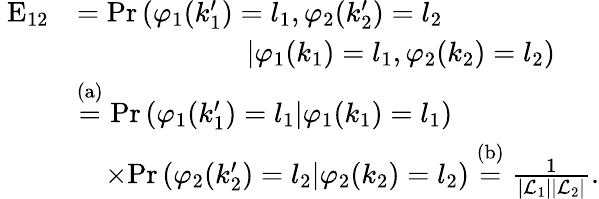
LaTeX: \begin{array}{rl}{\mathrm{\mathbf~E}_{12}}&{=\mathrm{Pr}\left(\varphi_{1}(k_{1}^{\prime})=l_{1},\varphi_{2}(k_{2}^{\prime})=l_{2}\right.}\\ &{\qquad\qquad\qquad\left.|\varphi_{1}(k_{1})=l_{1},\varphi_{2}(k_{2})=l_{2}\right)}\\ &{\stackrel{\mathrm{(a)}}{=}\mathrm{Pr}\left(\varphi_{1}(k_{1}^{\prime})=l_{1}|\varphi_{1}(k_{1})=l_{1}\right)}\\ &{\quad\times\mathrm{Pr}\left(\varphi_{2}(k_{2}^{\prime})=l_{2}|\varphi_{2}(k_{2})=l_{2}\right)\stackrel{\mathrm{(b)}}{=}\frac{1}{|{\cal L}_{1}||{\cal L}_{2}|}.}\end{array}